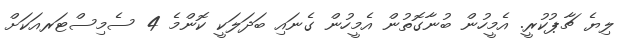
ލިޔެ ޗާޕުކުރީ. އެމީހުން ބުނާގޮތުން އެމީހުން ގެނައި ބަދަލަކީ ކޮންމެ 4 ސެމިސްޓަރއަކަށް